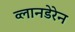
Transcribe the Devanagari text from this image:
व्लानडेरेन